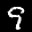
Label: 9